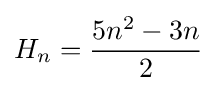
H_{n}={\frac {5n^{2}-3n}{2}}